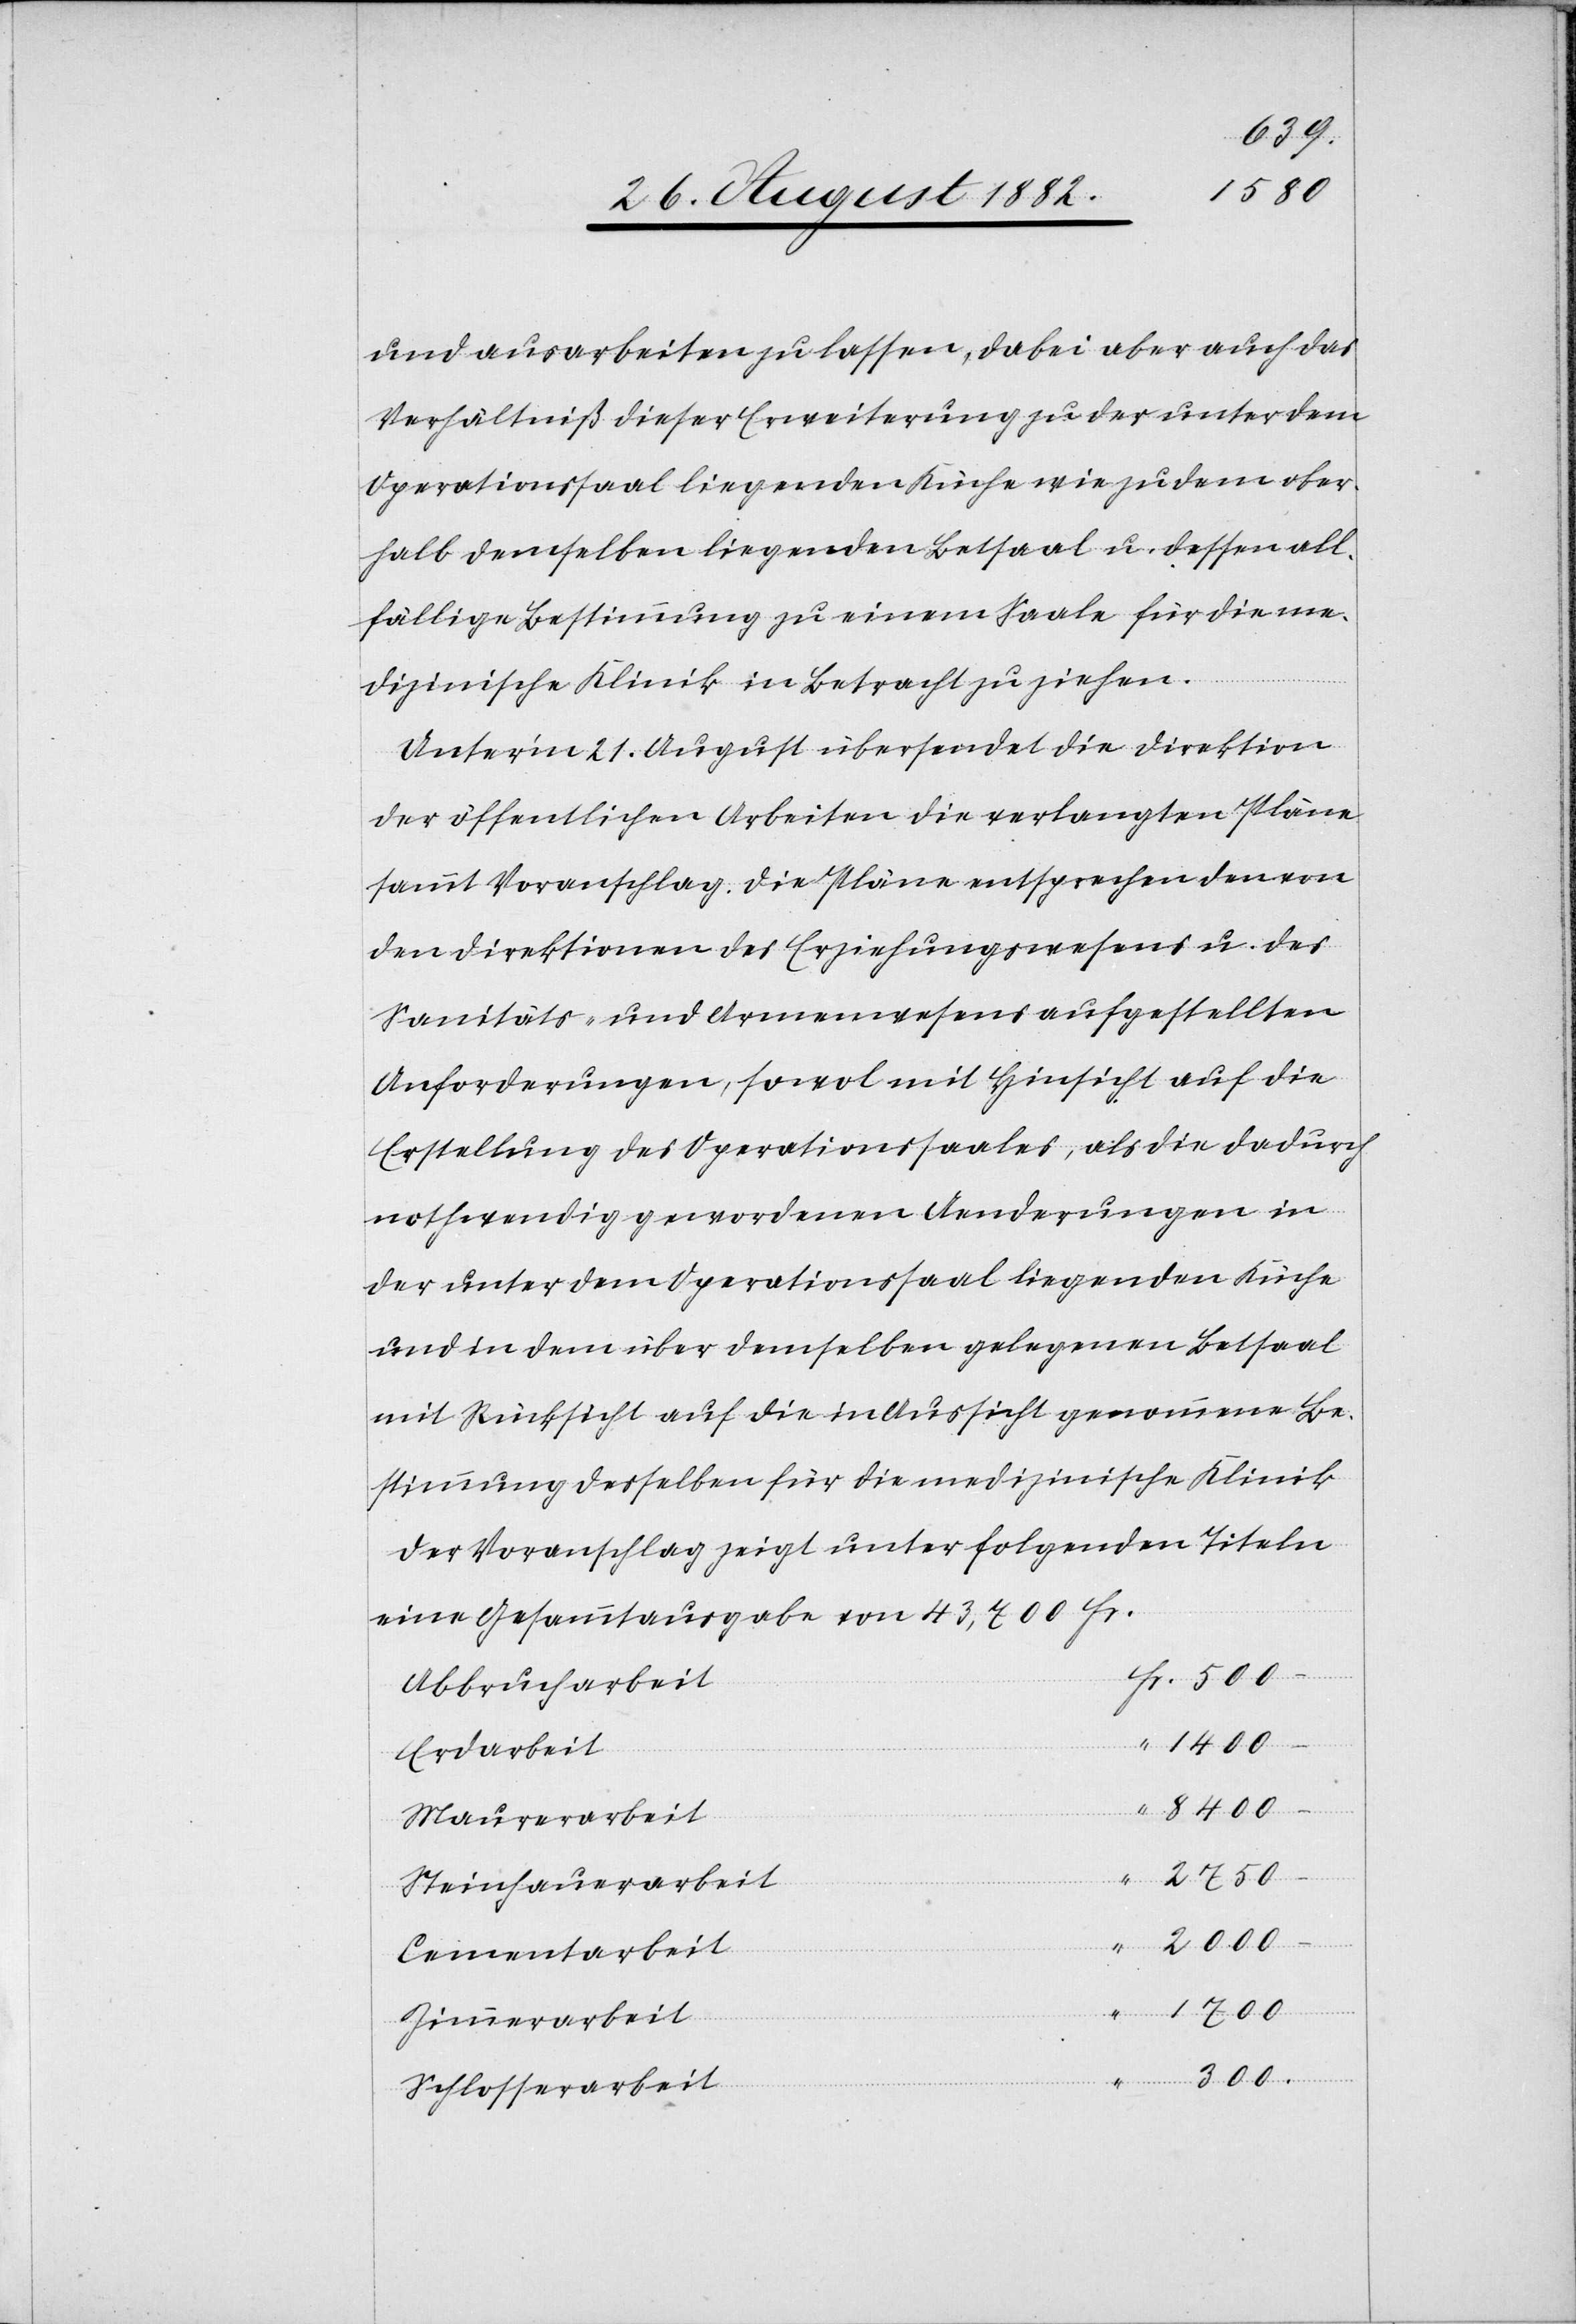
und ausarbeiten zu lassen, dabei aber auch das
Verhältniß dieser Erweiterung zu der unter dem
Operationssaal liegenden Küche wie zu dem ober¬
halb demselben liegenden Betsaal u. dessen all¬
fällige Bestimmung zu einem Saale für die me¬
dizinische Klinik in Betracht zu ziehen.
Unter’m 21. August übersendet die Direktion
der öffentlichen Arbeiten die verlangten Pläne
sammt Voranschlag. Die Pläne entsprechen den von
den Direktionen des Erziehungswesens u. des
Sanitäts- u. Armenwesens aufgestellten
Anforderungen, sowol mit Hinsicht auf die
Erstellung des Operationssaales, als die dadurch
nothwendig gewordenen Aenderungen in
der unter dem Operationssaal liegenden Küche
und in dem über demselben gelegenen Betsaal
mit Rücksicht auf die in Aussicht genommene Be¬
stimmung desselben für die medizinische Klinik.
Der Voranschlag zeigt unter folgenden Titeln
eine Gesammtausgabe von 43,700 Fr.
Abbrucharbeit
Erdarbeit
Maurerarbeit
2750
Steinhauerarbeit
.
2000
Cementarbeit
1700
Zimmerarbeit
300
Schlosserarbeit